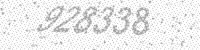
Solution: 928338